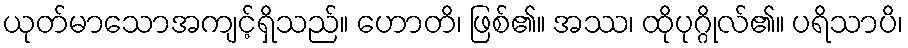
ယုတ်မာသောအကျင့်ရှိသည်။ ဟောတိ၊ ဖြစ်၏။ အဿ၊ ထိုပုဂ္ဂိုလ်၏။ ပရိသာပိ၊